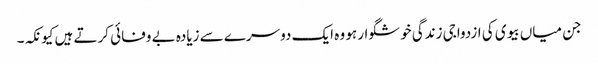
جن میاں بیوی کی ازدواجی زندگی خوشگوار ہو وہ ایک دوسرے سے زیادہ بے وفائی کرتے ہیں کیونکہ۔